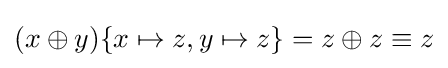
(x\oplus y)\{x\mapsto z,y\mapsto z\}=z\oplus z\equiv z